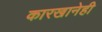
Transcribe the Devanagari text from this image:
कारखानेही